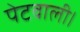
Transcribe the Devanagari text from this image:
पेटवाली।